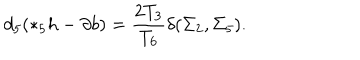
LaTeX: d _ { 5 } ( * _ { 5 } h - \partial b ) = { \frac { 2 T _ { 3 } } { T _ { 6 } } } \delta ( \Sigma _ { 2 } , \Sigma _ { 5 } ) .